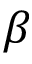
\beta